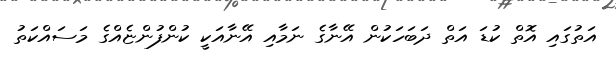
އަތުގައި އޮތް ކުޑަ އަތް ދަބަހަކުން އޭނާގެ ނަމާއި އޭނާއަކީ ކުންފުންޏެއްގެ މަސައްކަތު